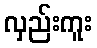
လှည်းကူး